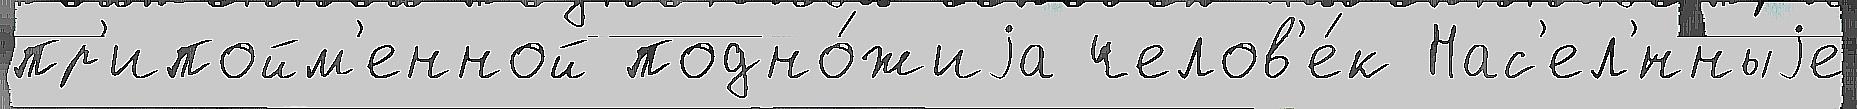
пр'ипойм'енной подно́жиjа челов'е́к Нас'ел'́нныjе